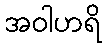
အဝါဟရိ